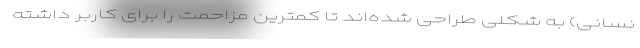
نسانی) به شکلی طراحی شده‌اند تا کمترین مزاحمت را برای کاربر داشته